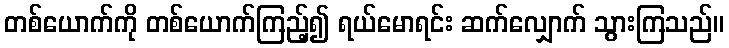
တစ်ယောက်ကို တစ်ယောက်ကြည့်၍ ရယ်မောရင်း ဆက်လျှောက် သွားကြသည်။